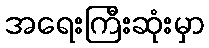
အရေးကြီးဆုံးမှာ